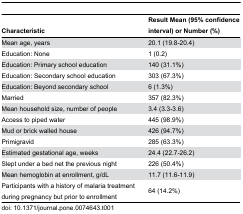
<table><thead><tr><td><b>Characteristic</b></td><td><b>Result Mean (95% confidence interval) or Number (%)</b></td></tr></thead><tbody><tr><td>Mean age, years</td><td>20.1 (19.8-20.4)</td></tr><tr><td>Education: None</td><td>1 (0.2)</td></tr><tr><td>Education: Primary school education</td><td>140 (31.1%)</td></tr><tr><td>Education: Secondary school education</td><td>303 (67.3%)</td></tr><tr><td>Education: Beyond secondary school</td><td>6 (1.3%)</td></tr><tr><td>Married</td><td>357 (82.3%)</td></tr><tr><td>Mean household size, number of people</td><td>3.4 (3.3-3.6)</td></tr><tr><td>Access to piped water</td><td>445 (98.9%)</td></tr><tr><td>Mud or brick walled house</td><td>426 (94.7%)</td></tr><tr><td>Primigravid</td><td>285 (63.3%)</td></tr><tr><td>Estimated gestational age, weeks</td><td>24.4 (22.7-26.2)</td></tr><tr><td>Slept under a bed net the previous night</td><td>226 (50.4%)</td></tr><tr><td>Mean hemoglobin at enrollment, g/dL</td><td>11.7 (11.6-11.9)</td></tr><tr><td>Participants with a history of malaria treatment during pregnancy but prior to enrollment</td><td>64 (14.2%)</td></tr></tbody></table>